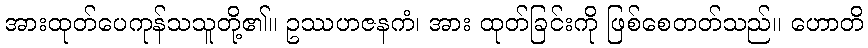
အားထုတ်ပေကုန်သသူတို့၏။ ဥဿဟဇနကံ၊ အား ထုတ်ခြင်းကို ဖြစ်စေတတ်သည်။ ဟောတိ